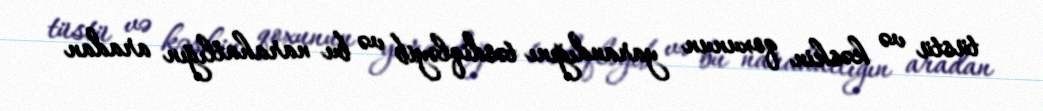
tüstü və kəskin qoxunun yarandığını təsdiqləyib və bu narahatlığın aradan